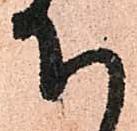
下